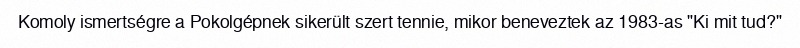
Komoly ismertségre a Pokolgépnek sikerült szert tennie, mikor beneveztek az 1983-as "Ki mit tud?"